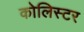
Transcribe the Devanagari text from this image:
कोलिस्टर